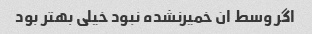
اگر وسط ان خمیرنشده نبود خیلی بهتر بود